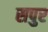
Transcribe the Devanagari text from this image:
सपुर